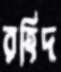
রহিদ